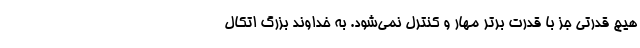
هیچ قدرتی جز با قدرت برتر مهار و کنترل نمی‌شود. به خداوند بزرگ اتکال